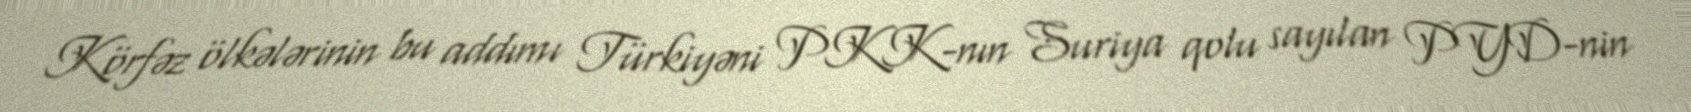
Körfəz ölkələrinin bu addımı Türkiyəni PKK-nın Suriya qolu sayılan PYD-nin